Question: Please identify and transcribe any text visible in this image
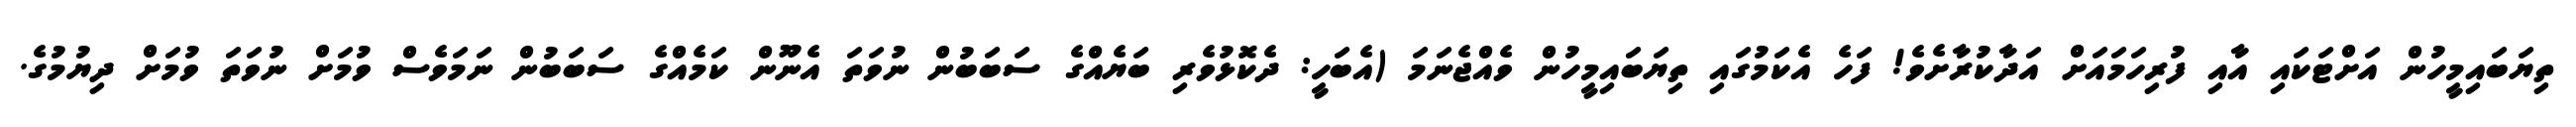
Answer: ތިޔަބައިމީހުން އަށްޓަކައި އާއި ފުރިހަމައަށް އަދާކުރާށެވެ! ފަހެ އެކަމުގައި ތިޔަބައިމީހުން ވެއްޖެނަމަ (އެބަހީ: ދެކޮޅުވެރި ބަޔެއްގެ ސަބަބުން ނުވަތަ އެނޫން ކަމެއްގެ ސަބަބުން ނަމަވެސް ވުމަށް ނުވަތަ ވުމަށް ދިޔުމުގެ.